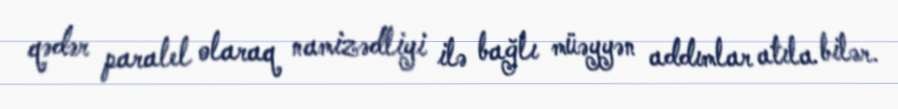
qədər paralel olaraq namizədliyi ilə bağlı müəyyən addımlar atıla bilər.